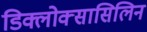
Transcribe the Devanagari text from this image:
डिक्लोक्सासिलिन